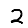
Digit: 2